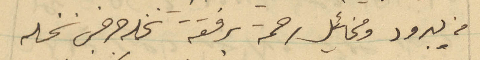
من يبرود ومخائيل رحمة برفقة نخله جرجس نخله